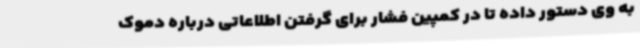
به وی دستور داده تا در کمپین فشار برای گرفتن اطلاعاتی درباره دموک